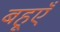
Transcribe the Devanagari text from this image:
बहूएँ